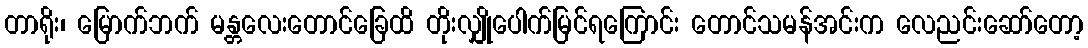
တာရိုး၊ မြောက်ဘက် မန္တလေးတောင်ခြေထိ တိုးလျှိုပေါက်မြင်ရကြောင်း တောင်သမန်အင်းက လေညင်းဆော်တော့